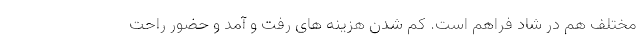
مختلف هم در شاد فراهم است. کم شدن هزینه های رفت و آمد و حضور راحت